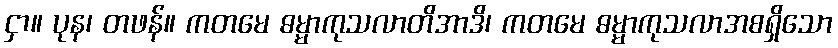
ငှာ။ ပုန၊ တဖန်။ ကတမေ ဓမ္မာကုသလာတိအာဒိ၊ ကတမေ ဓမ္မာကုသလာအစရှိသော